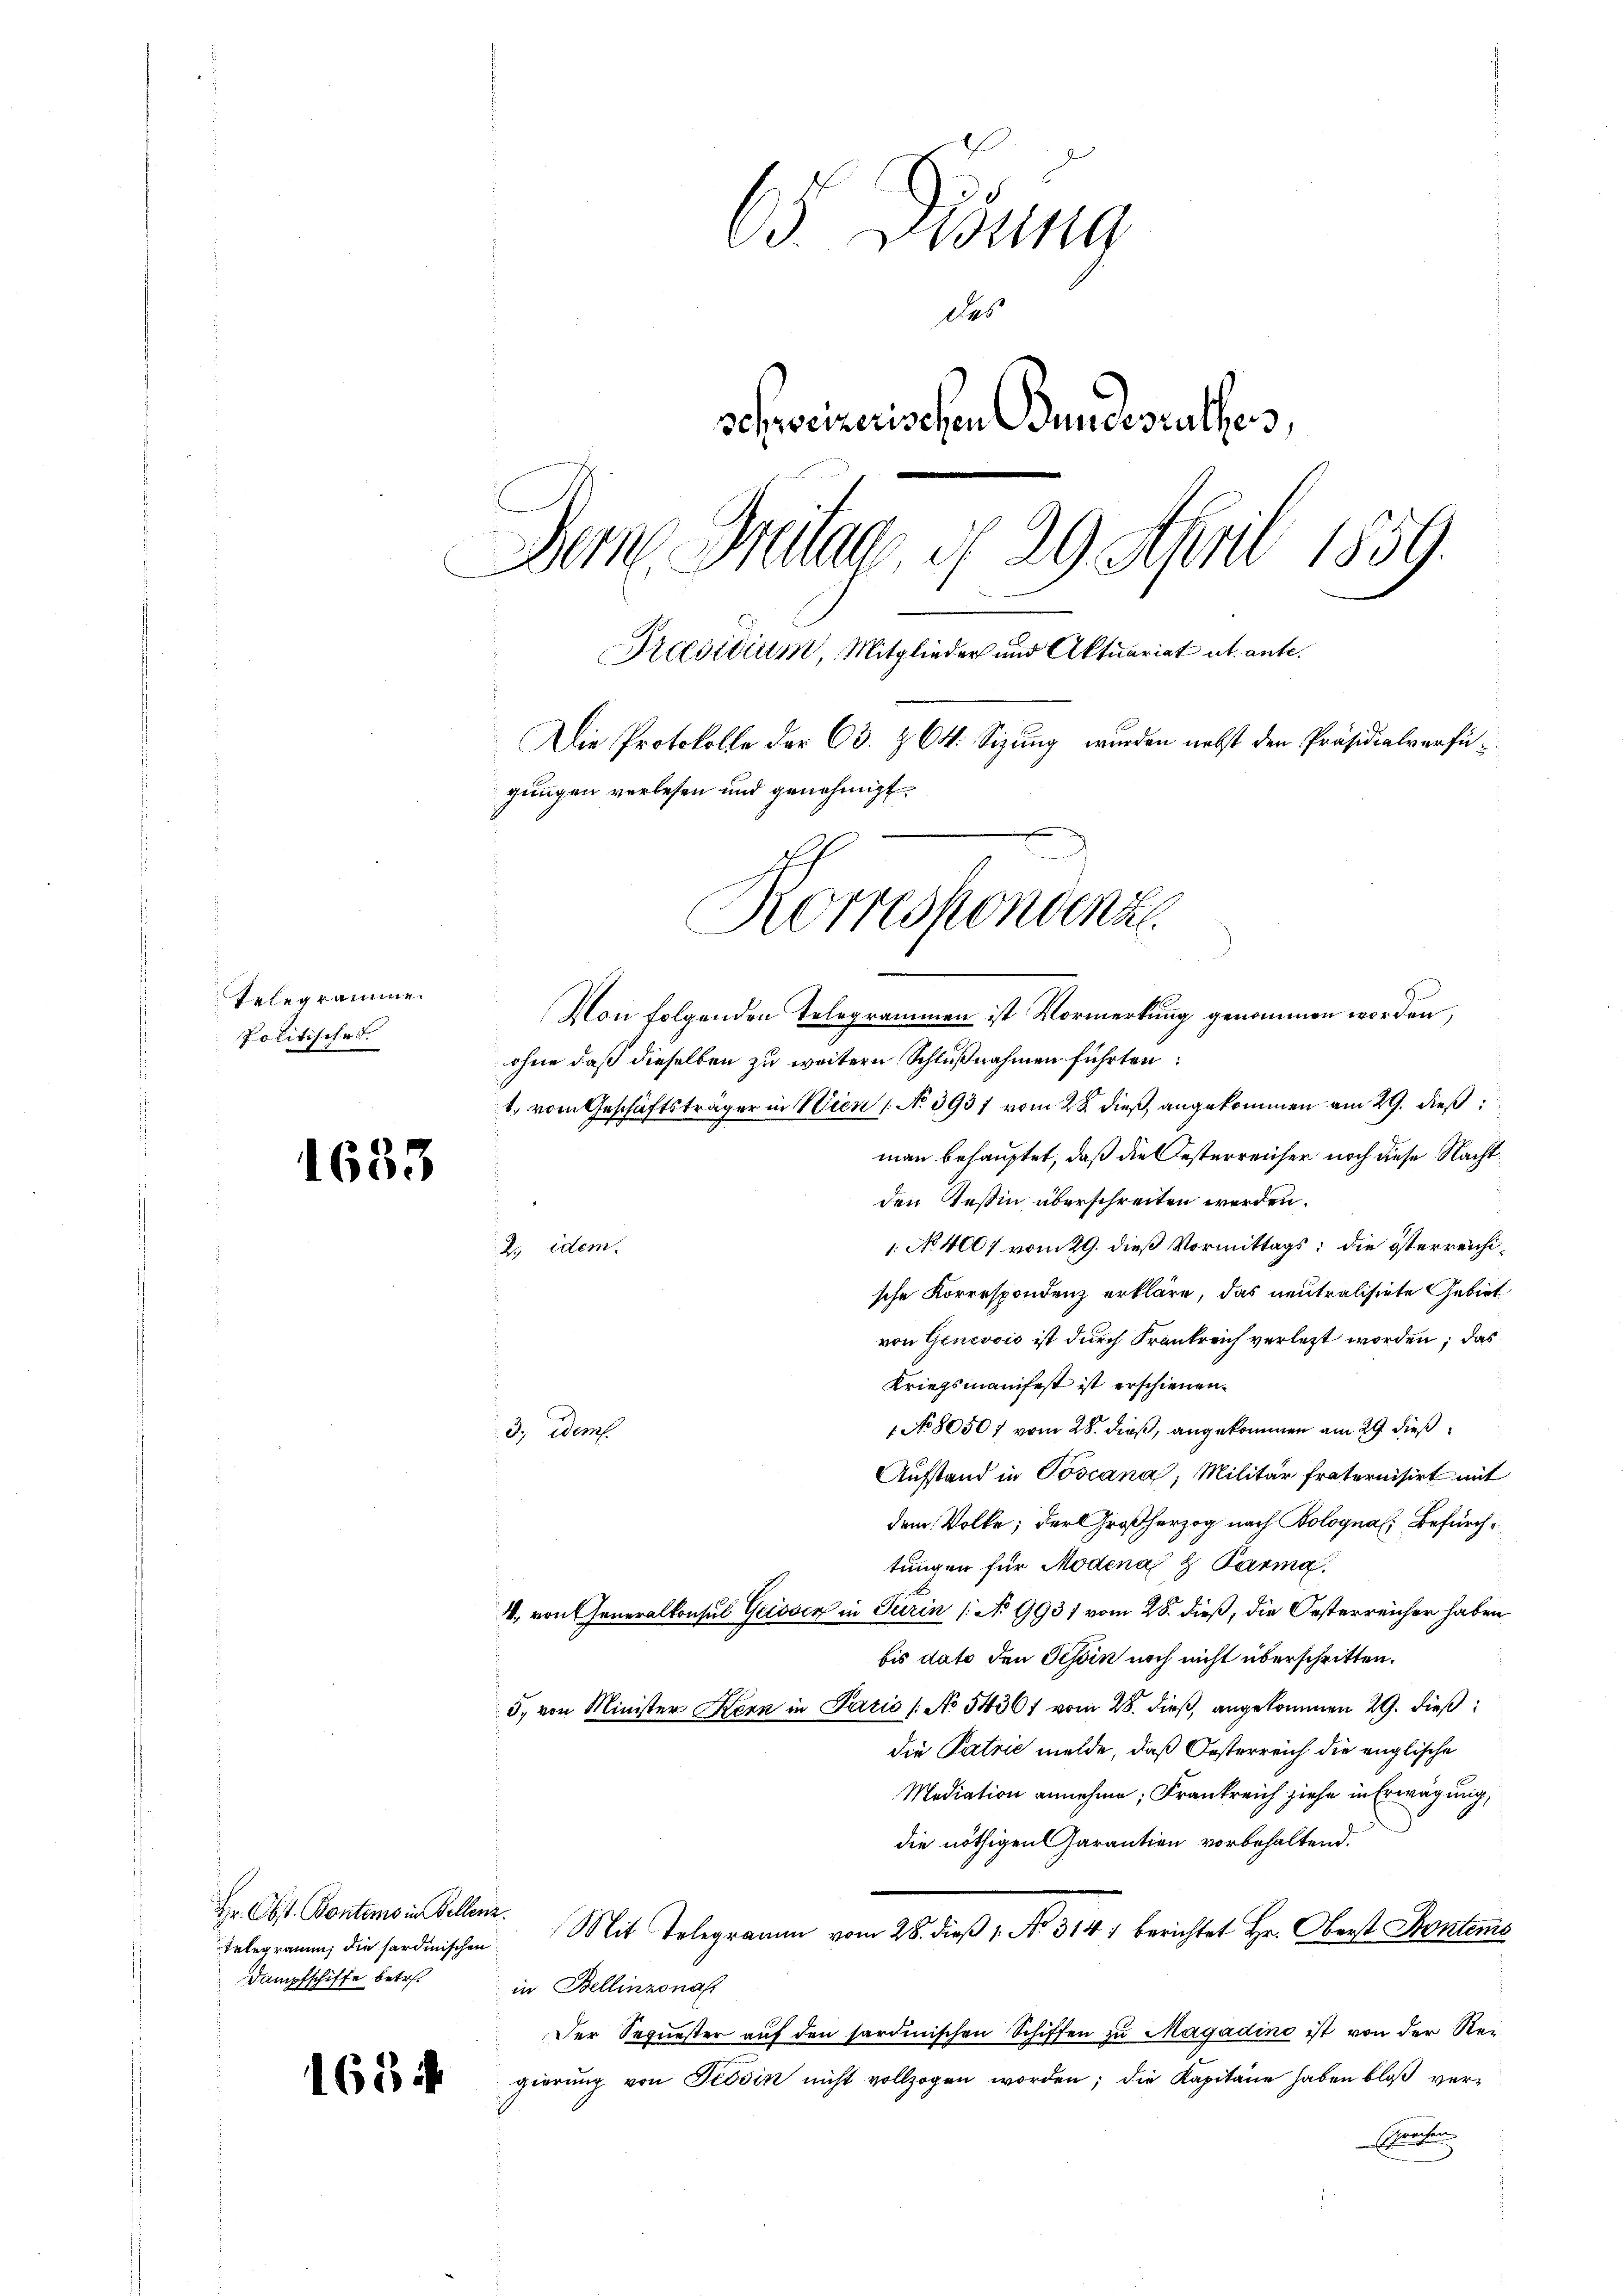
Telegramme
Politische

1633

Hr. Obst. Bontems in Bellenz
Telegramm, die sardinischen
Dampfschiffe betr.

163 ff.

65. Disung
des
schweizerischen Bundesrathen,
Dem Britag, d. 29. April 1859.
Praesidium, Mitglieder und Aktuariat u. ante.
Die Protokolle der C. Z. 64. Sizung wurden nebst den Präsidialverfügungen verlesen und genehmigt.
Korrespondenz
.

Von folgenden Telegrammen ist Vormerkung genommen worden,
ohne daß dieselben zu weitern Schlußnahmen führten:
1. vom Geschäftsträger in Wien (No 3937 vom 28. dieß, angekommen am 29. dieß
man behauptet, daß die Oesterreicher noch diese Nacht
s
den Tessin überschreiten werden.
1. No 4007 vom 29. dieß Vormittags; die österreichi¬
2. idem
sche Korrespondenz erkläre, das neutralisirte Gebiet
von Genevois ist durch Frankreich verletzt worden; das
Kriegsmanifest ist erschienen.
1 No 80507 vom 28. dieß, angekommen am 29. dieß,
13. Dem
Aufstand in Toscana, Militär fraternisirt mit
dem Volke, der Großherzog nach Bologna Befürchtungen für Modena 2 Parig.
4., von Generalkonsul Grissen in Turin (: No 9931 vom 28. dieß, die Oesterreicher haben
bis dato den Tessin noch nicht überschritten.
5, von Minister Kern in Paris /: No 54361 vom 28. dieß, angekommen 29. dieß
die Patrie melde, daß Oesterreich die englische
Mediation annehme, Frankreich ziehe in Erwägung,
die nöthigen Garantien vorbehaltend.
Mit Telegramm vom 28. dieβ 1. No. 314/ berichtet Hr. Oberst Stontens
in Bellinzona
Der Sequester auf den sardinischen Schiffen zu Magadino ist von der Regiörung von Tessin nicht vollzogen worden; die Kapitane haben bloß vershausen